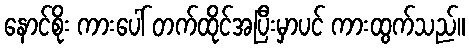
နောင်စိုး ကားပေါ် တက်ထိုင်အပြီးမှာပင် ကားထွက်သည်။